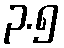
၃.၅